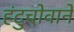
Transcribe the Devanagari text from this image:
हंटुचोवाने